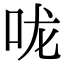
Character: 咙